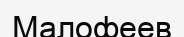
Малофеев